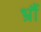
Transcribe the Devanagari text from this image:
भ्रौं